Report of the Indian Hemp Drugs Commission, 1894-1895 - Volume V
Year: 1894
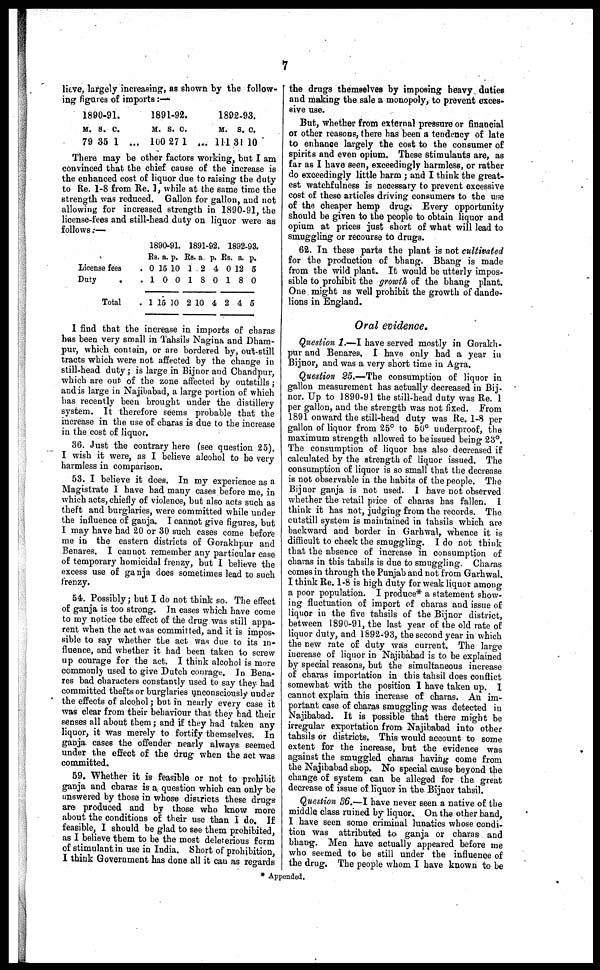
7
lieve, largely increasing, as shown by the follow-
ing figures of imports:—
1890-91.
M. S. C.
79 35 1 ...
1891-92.
M. S. C.
100 27 1 ...
1892-93.
M. S. C.
111 31 10
There may be other factors working, but I am
convinced that the chief cause of the increase is
the enhanced cost of liquor due to raising the duty
to Re. 1-8 from Re. 1, while at the same time the
strength was reduced. Gallon for gallon, and not
allowing for increased strength in 1890-91, the
license-fees and still-head duty on liquor were as
follows:—
License fees
Duty
Total
1890-91.
Rs
0
1
1
a.
15
0
15
p.
10
0
10
1891-02.
Rs.
1
1
2
a.
2
8
10
p.
4
0
4
1892-93.
Rs.
0
1
2
a.
12
8
4
p.
5
0
5
1 find that the increase in imports of charas
has been very small in Tahsils Nagina and Dham-
pur, which contain, or are bordered by, out-still
tracts which were not affected by the change in
still-head duty; is large in Bijnor and Chandpur,
which are out of the zone affected by outstills;
and is large in Najibabad, a large portion of which
has recently been brought under the distillery
system. It therefore seems probable that the
increase in the use of charas is due to the increase
in the cost of liquor.
36. Just the contrary here (see question 25).
I wish it were, as I believe alcohol to be very
harmless in comparison.
53. I believe it does. In my experience as a
Magistrate I have had many cases before me, in
which acts, chiefly of violence, but also acts such as
theft and burglaries, were committed while under
the influence of ganja. I cannot give figures, but
I may have had 20 or 30 such cases come before
me in the eastern districts of Gorakhpur and
Benares. I cannot remember any particular case
of temporary homicidal frenzy, but I believe the
excess use of ganja does sometimes lead to such
frenzy.
54. Possibly; but I do not think so. The effect
of ganja is too strong. In cases which have come
to my notice the effect of the drug was still appa-
rent when the act was committed, and it is impos-
sible to say whether the act was due to its in-
fluence, and whether it had been taken to screw
up courage for the act. I think alcohol is more
commonly used to give Dutch coinage. In Bena-
res bad characters constantly used to say they had
committed thefts or burglaries unconsciously under
the effects of alcohol; but in nearly every case it
was clear from their behaviour that they had their
senses all about them; and if they had taken any
liquor, it was merely to fortify themselves. In
ganja cases the offender nearly always seemed
under the effect of the drug when the act was
committed.
59. Whether it is feasible or not to prohibit
ganja and charas is a question which can only be
answered by those in whose districts these drugs
are produced and by those who know more
about the conditions of their use than I do. If
feasible, I should be glad to see them prohibited,
as I believe them to be the most deleterious form
of stimulant in use in India. Short of prohibition,
I think Government has done all it can as regards
the drugs themselves by imposing heavy duties
and making the sale a monopoly, to prevent exces-
sive use.
But, whether from external pressure or financial
or other reasons, there has been a tendency of late
to enhance largely the cost to the consumer of
spirits and even opium. These stimulants are, as
far as I have seen, exceedingly harmless, or rather
do exceedingly little harm; and I think the great-
est watchfulness is necessary to prevent excessive
cost of these articles driving consumers to the use
of the cheaper hemp drug. Every opportunity
should be given to the people to obtain liquor and
opium at prices just short of what will lead to
smuggling or recourse to drugs.
62. In these parts the plant is not cultivated
for the production of bhang. Bhang is made
from the wild plant. It would be utterly impos-
sible to prohibit the growth of the bhang plant.
One might as well prohibit the growth of dande-
lions in England.
Oral evidence.
Question 1.—I have served mostly in Gorakh-
pur and Benares. I have only had a year in
Bijnor, and was a very short time in Agra.
Question 25.—The consumption of liquor in
gallon measurement has actually decreased in Bij-
nor. Up to 1890-91 the still-head duty was Re. 1
per gallon, and the strength was not fixed. From
1891 onward the still-head duty was Re. 1-8 per
gallon of liquor from 25° to 50° underproof, the
maximum strength allowed to be issued being 23°.
The consumption of liquor has also decreased if
calculated by the strength of liquor issued. The
consumption of liquor is so small that the decrease
is not observable in the habits of the people. The
Bijnor ganja is not used. I have not observed
whether the retail price of charas has fallen. I
think it has not, judging from the records. The
cutstill system is maintained in tahsils which are
backward and border in Garhwal, whence it is
difficult to check the smuggling. I do not think
that the absence of increase in consumption of
charas in this tahsils is due to smuggling. Charas
comes in through the Punjab and not from Garhwal.
I think Re. 1-8 is high duty for weak liquor among
a poor population. I produce* a statement show-
ing fluctuation of import of charas and issue of
liquor in the five tahsils of the Bijnor district,
between 1890-91, the last year of the old rate of
liquor duty, and 1892-93, the second year in which
the new rate of duty was current. The large
increase of liquor in Najibabad is to be explained
by special reasons, but the simultaneous increase
of charas importation in this tahsil does conflict
somewhat with the position I have taken up. I
cannot explain this increase of charas. An im-
portant case of charas smuggling was detected in
Najibabad. It is possible that there might be
irregular exportation from Najibabad into other
tahsils or districts. This would account to some
extent for the increase, but the evidence was
against the smuggled charas having come from
the Najibabad shop. No special cause beyond the
change of system can be alleged for the great
decrease of issue of liquor in the Bijnor tahsil.
Question 36.—I have never seen a native of the
middle class ruined by liquor. On the other hand,
I have seen some criminal lunatics whose condi-
tion was attributed to ganja or charas and
bhang. Men have actually appeared before me
who seemed to be still under the influence of
the drug. The people whom I have known to be
* Appended.